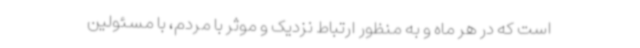
است که در هر ماه و به منظور ارتباط نزدیک و موثر با مردم، با مسئولین